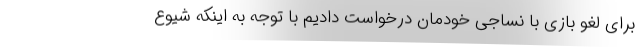
برای لغو بازی با نساجی خودمان درخواست دادیم با توجه به اینکه شیوع